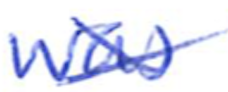
Text: was
Cross-out: mix
Writing tool: ballpoint